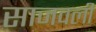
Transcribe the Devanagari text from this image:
साजवली